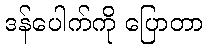
ဒန်ပေါက်ကို ပြောတာ